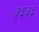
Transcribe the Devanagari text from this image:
३६३६